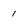
Character: 1